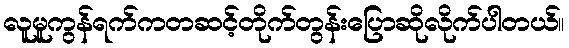
လူမူကွန်ရက်ကတဆင့်တိုက်တွန်းပြောဆိုလိုက်ပါတယ်။